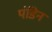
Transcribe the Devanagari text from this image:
पंडिन